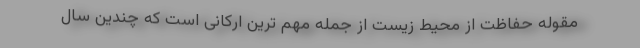
مقوله حفاظت از محیط زیست از جمله مهم ترین ارکانی است که چندین سال